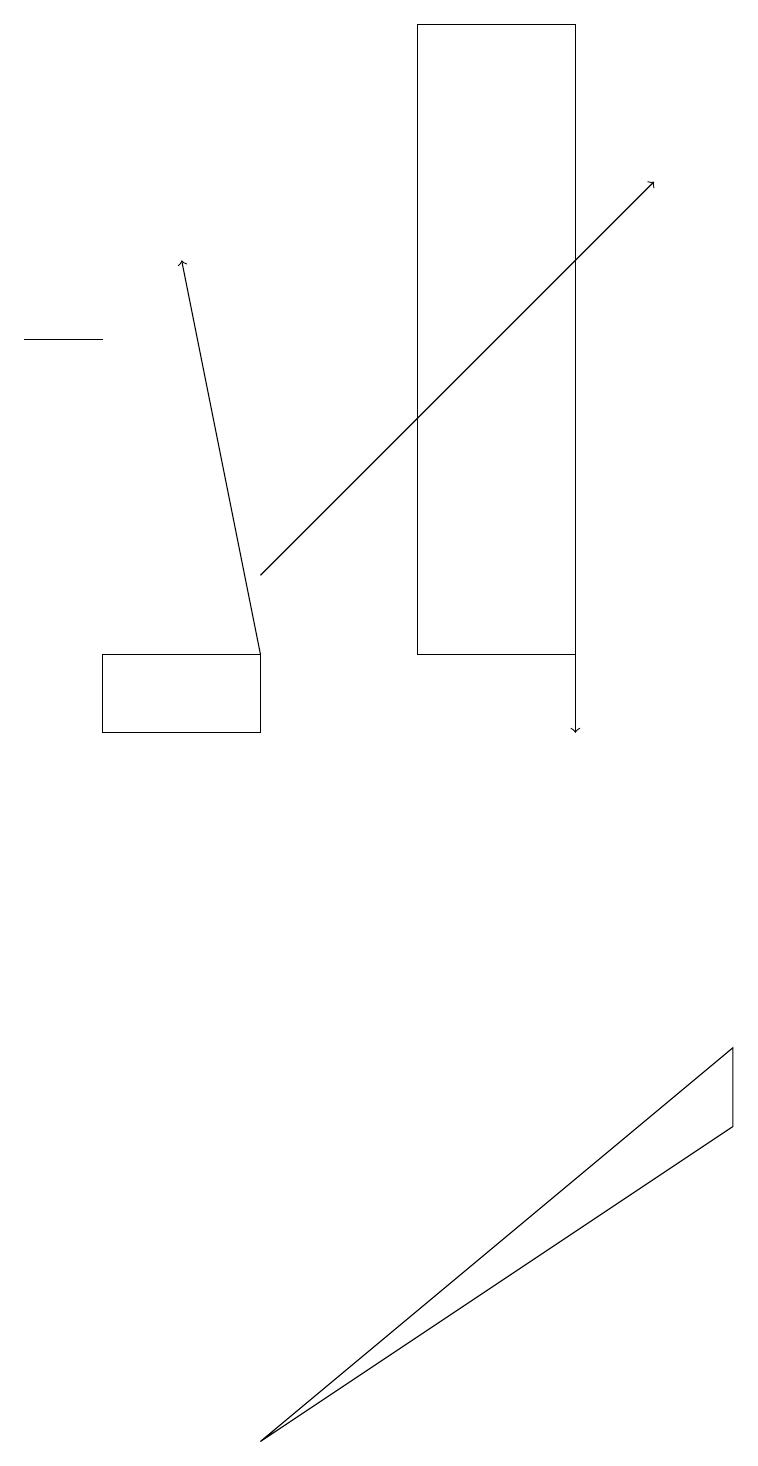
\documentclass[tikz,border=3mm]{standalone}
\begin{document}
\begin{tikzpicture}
\draw[->] (7,13) -- (7,10);
\draw[->] (3,11) -- (2,16);
\draw (1,11) rectangle (3,10);
\draw (1,15) rectangle (0,15);
\draw[->] (3,12) -- (8,17);
\draw (9,6) -- (9,5) -- (3,1) -- cycle;
\draw (5,11) rectangle (7,19);
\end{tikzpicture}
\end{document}